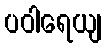
ပဝါရေယျ